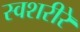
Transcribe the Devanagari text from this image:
स्वशरीरे